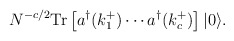
\begin{align*}N^{-c/2} {\rm Tr} \left[ a^{\dagger} (k_1^+) \cdots a^{\dagger} (k_c^+) \right] |0 \rangle.\end{align*}